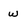
Character: w